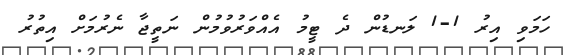
ހަމަވި އިރު 1-1 ލަނޑުން ދެ ޓީމު އެއްވަރުވުމުން ނަތީޖާ ނެރުމަށް އިތުރު